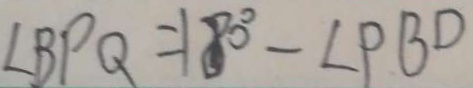
\angle B P Q = 1 8 0 ^ { \circ } - \angle P B D